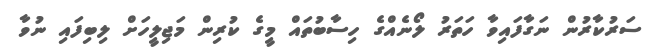
ސަރުކާރުން ނަގާފައިވާ ހަތަރު ލޯނެއްގެ ހިސާބުތައް މީގެ ކުރިން މަޖިލީހަށް ލިބިފައި ނުވާ